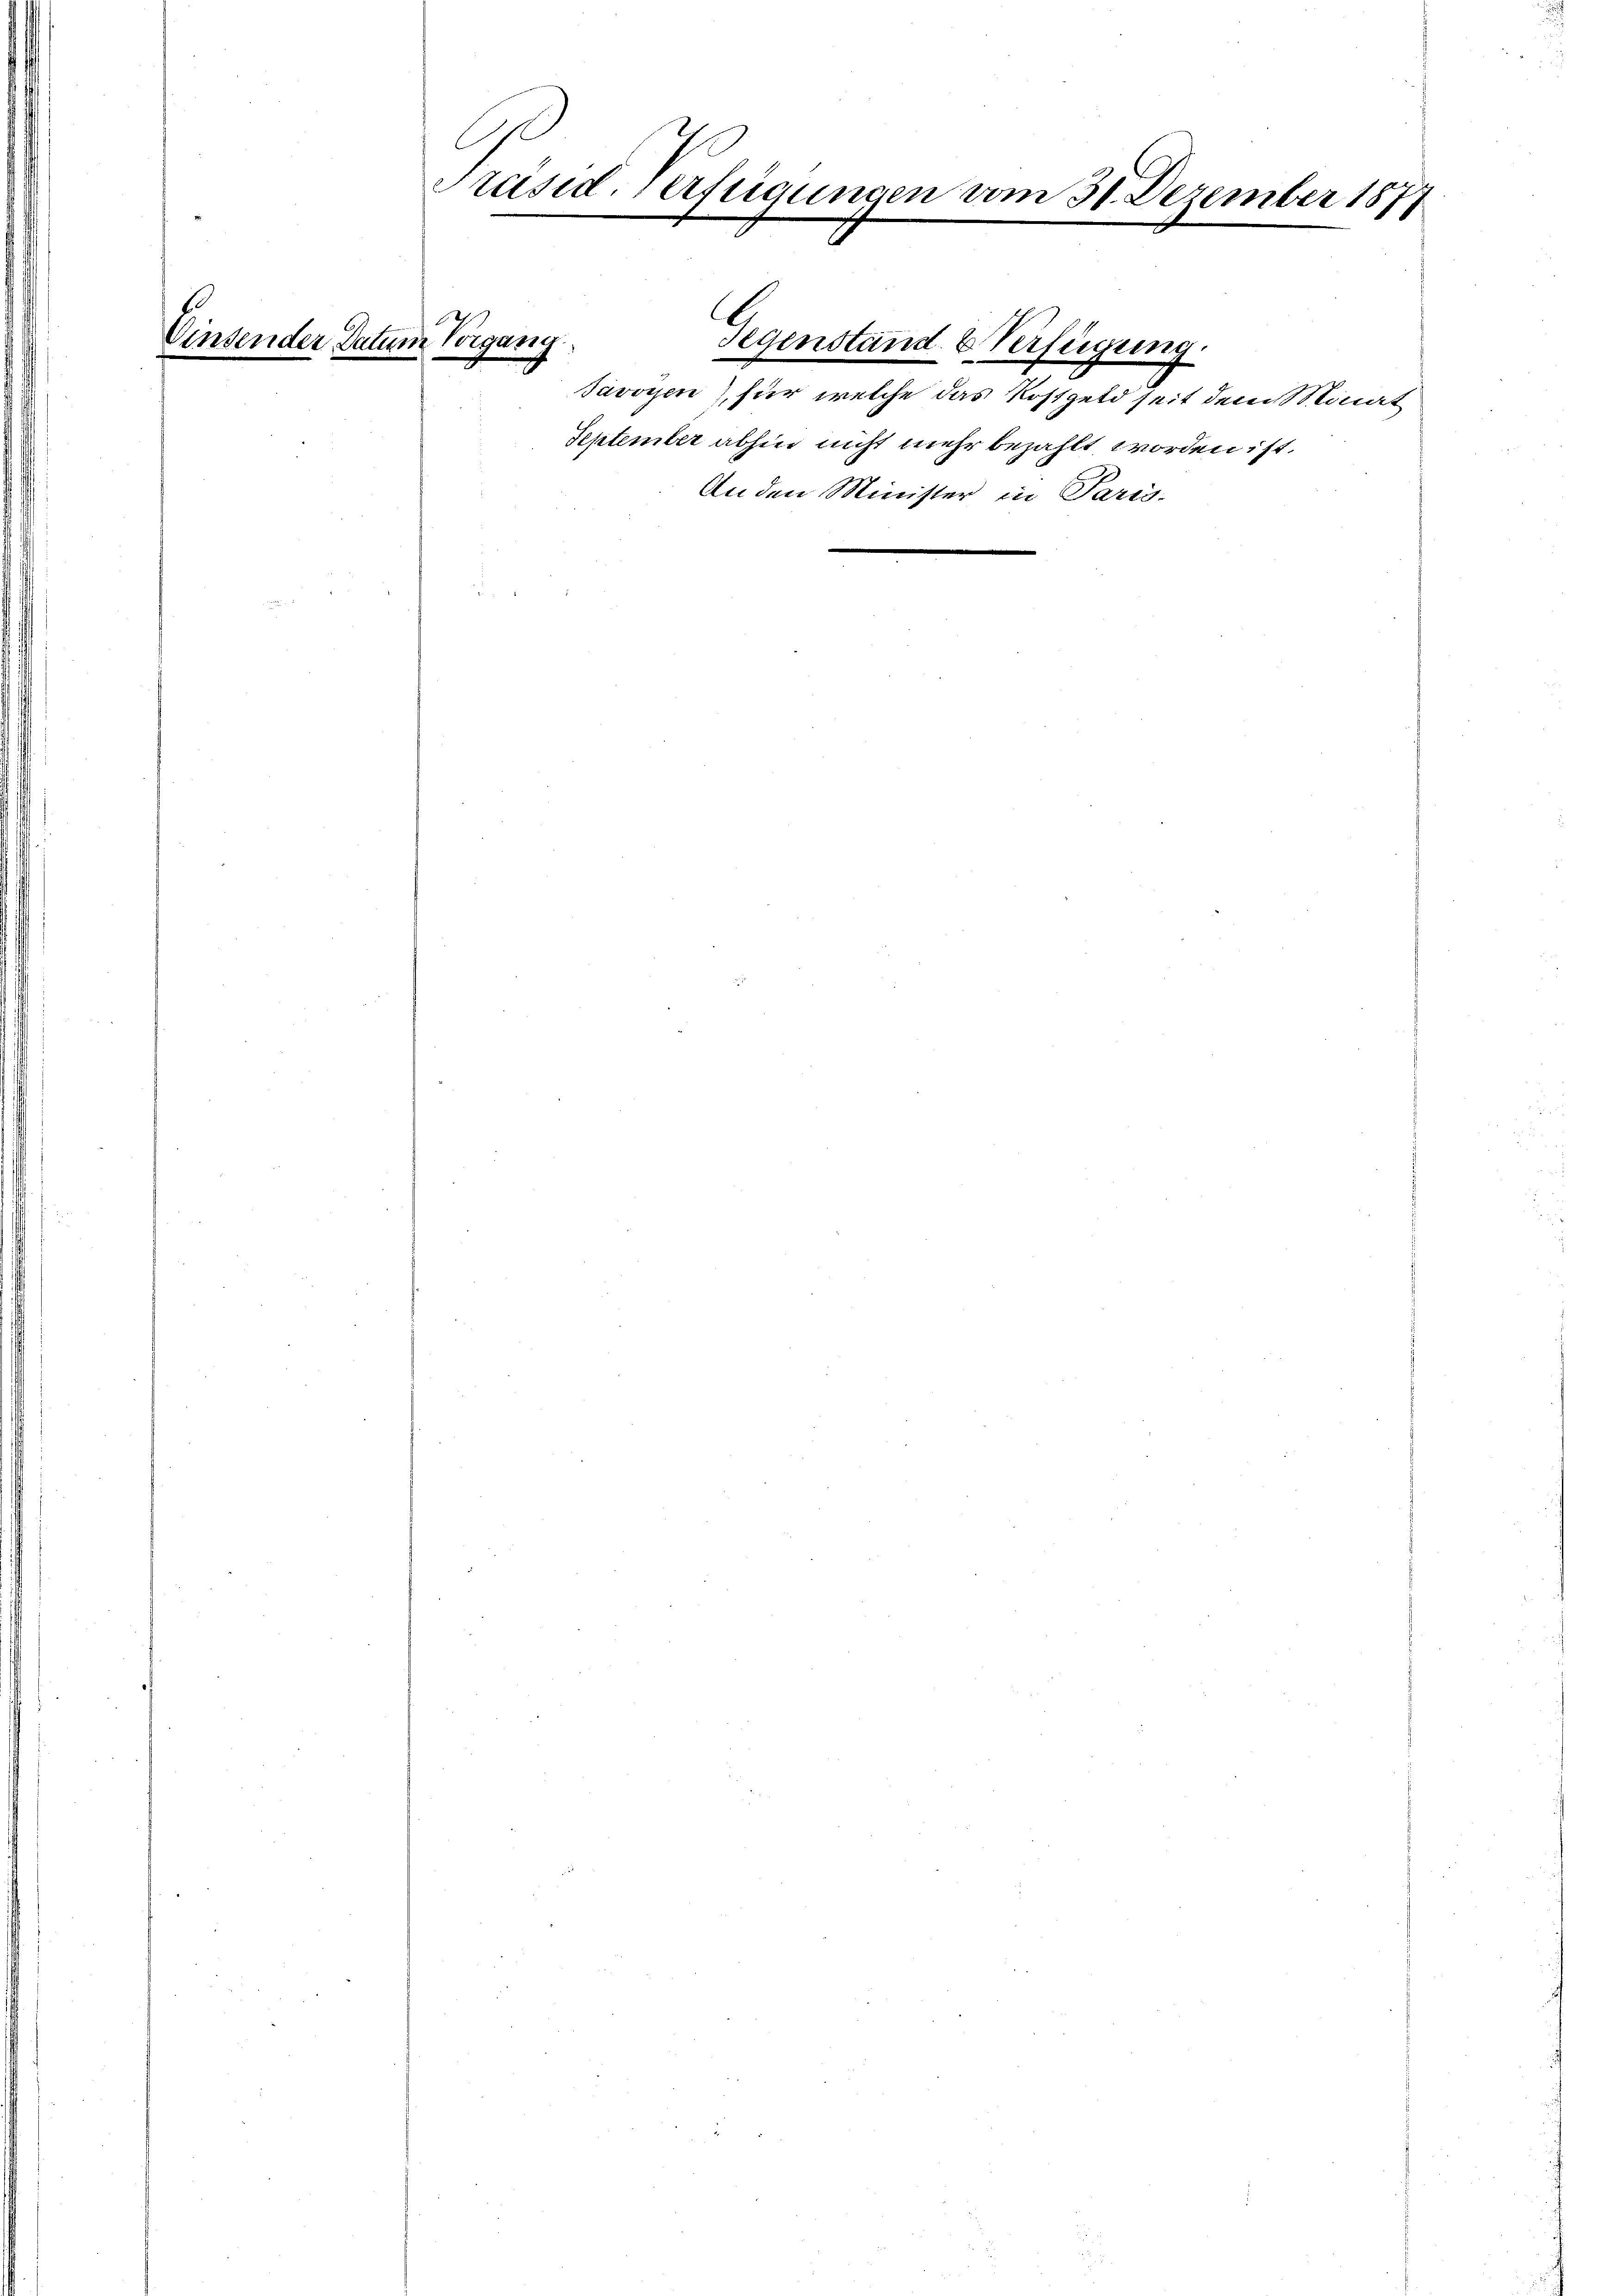
Vinsender Datum sorgung.

Präsid-Verfügungen vom 31. Dezember 1871

e
Gegenstand & Verfügung.

Javoyen, für welche das Kostgeld seit dem Minat
September abhin nicht mehr bezahlt worden ist.
An den Minister in Paris